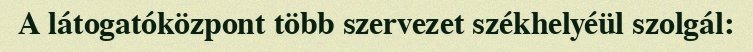
A látogatóközpont több szervezet székhelyéül szolgál: